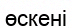
өскені